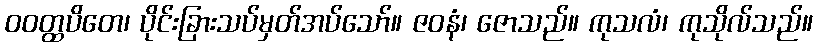
ဝဝတ္ထပိတေ၊ ပိုင်းခြားသပ်မှတ်အပ်သော်။ ဇဝနံ၊ ဇောသည်။ ကုသလံ၊ ကုသိုလ်သည်။